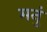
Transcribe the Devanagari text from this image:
मनुं